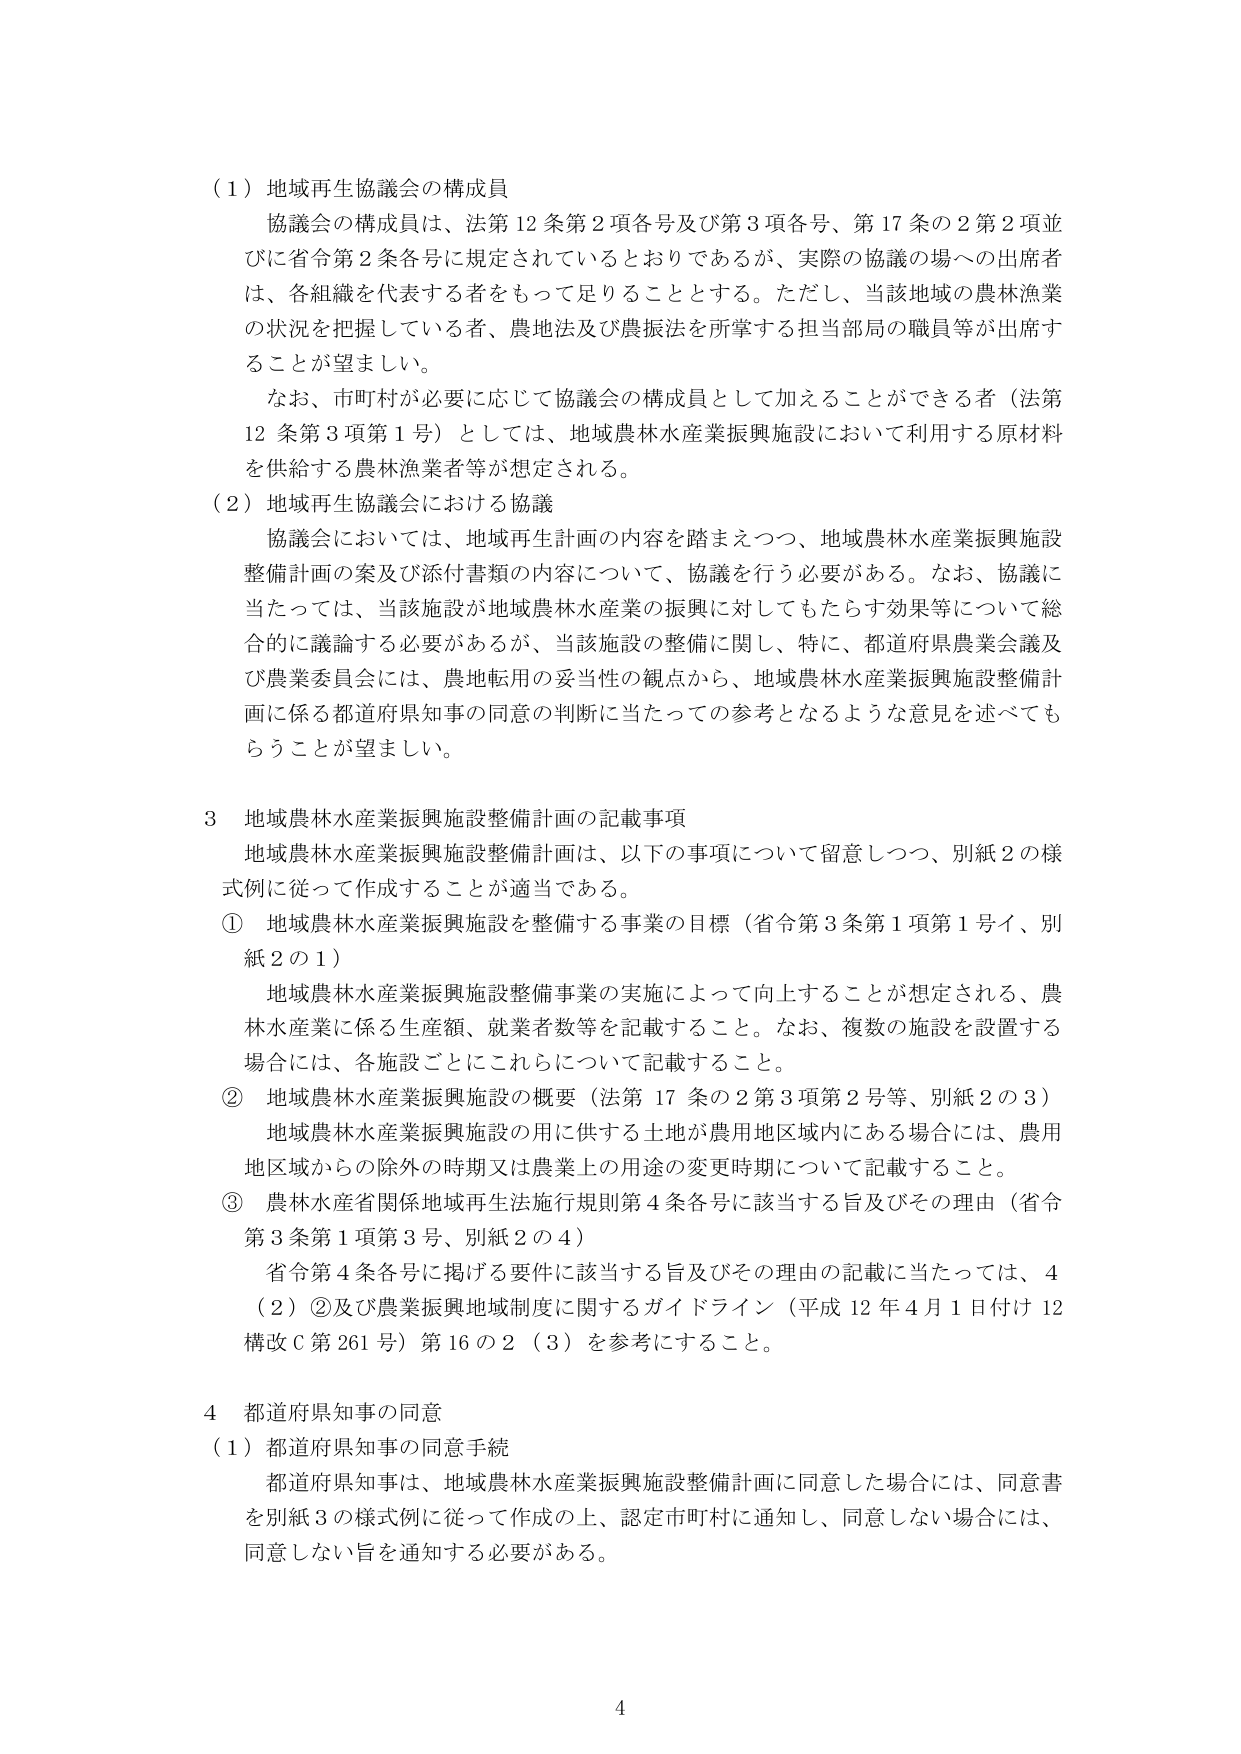
（1）地域再生協議会の構成員
協議会の構成員は、法第12条第2項各号及び第3項各号、第17条の2第2項並びに省令第2条各号に規定されているとおりであるが、実際の協議の場への出席者は、各組織を代表する者をもって足りることとする。ただし、当該地域の農林漁業の状況を把握している者、農地法及び農振法を所掌する担当部局の職員等が出席することが望ましい。
なお、市町村が必要に応じて協議会の構成員として加えることができる者（法第12条第3項第1号）としては、地域農林水産業振興施設において利用する原材料を供給する農林漁業者等が想定される。

（2）地域再生協議会における協議
協議会においては、地域再生計画の内容を踏まえつつ、地域農林水産業振興施設整備計画の案及び添付書類の内容について、協議を行う必要がある。なお、協議に当たっては、当該施設が地域農林水産業の振興に対してもたらす効果等について総合的に議論する必要があるが、当該施設の整備に関し、特に、都道府県農業会議及び農業委員会には、農地転用の妥当性の観点から、地域農林水産業振興施設整備計画に係る都道府県知事の同意の判断に当たっての参考となるような意見を述べてもらうことが望ましい。

3 地域農林水産業振興施設整備計画の記載事項
地域農林水産業振興施設整備計画は、以下の事項について留意しつつ、別紙2の様式例に従って作成することが適当である。
① 地域農林水産業振興施設を整備する事業の目標（省令第3条第1項第1号イ、別紙2の1）
地域農林水産業振興施設整備事業の実施によって向上することが想定される、農林水産業に係る生産額、就業者数等を記載すること。なお、複数の施設を設置する場合には、各施設ごとにこれらについて記載すること。
② 地域農林水産業振興施設の概要（法第17条の2第3項第2号等、別紙2の3）
地域農林水産業振興施設の用に供する土地が農用地区域内にある場合には、農用地区域からの除外の時期又は農業上の用途の変更時期について記載すること。
③ 農林水産省関係地域再生法施行規則第4条各号に該当する旨及びその理由（省令第3条第1項第3号、別紙2の4）
省令第4条各号に掲げる要件に該当する旨及びその理由の記載に当たっては、4（2）②及び農業振興地域制度に関するガイドライン（平成12年4月1日付け12構改C第261号）第16の2（3）を参考にすること。

4 都道府県知事の同意
（1）都道府県知事の同意手続
都道府県知事は、地域農林水産業振興施設整備計画に同意した場合には、同意書を別紙3の様式例に従って作成の上、認定市町村に通知し、同意しない場合には、同意しない旨を通知する必要がある。

4